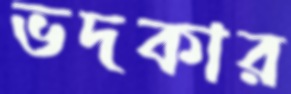
ভদকার